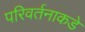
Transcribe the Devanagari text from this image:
परिवर्तनाकडे